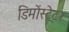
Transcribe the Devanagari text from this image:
डिमोंस्ट्रेटर